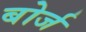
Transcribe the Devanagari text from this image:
बोर्ज